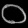
Digit: ၀